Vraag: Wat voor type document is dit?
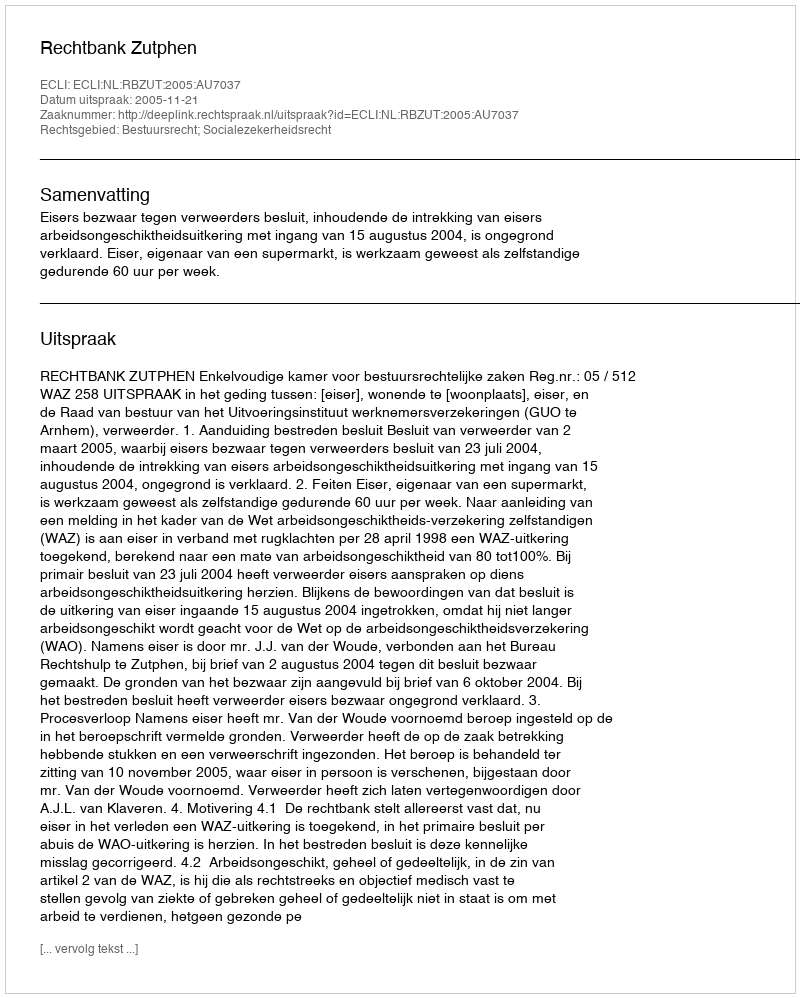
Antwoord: Uitspraak